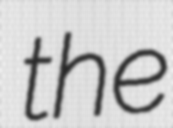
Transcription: the